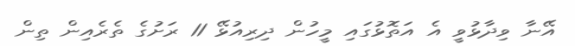
އޭނާ ވިދާޅުވީ އެ އަތޮޅުގައި މީހުން ދިރިއުޅޭ 11 ރަށުގެ ތެރެއިން ތިން